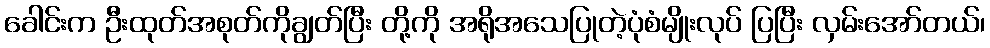
ခေါင်းက ဦးထုတ်အစုတ်ကိုချွတ်ပြီး တို့ကို အရိုအသေပြုတဲ့ပုံစံမျိုးလုပ် ပြပြီး လှမ်းအော်တယ်၊